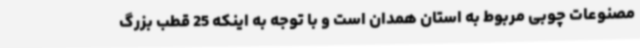
مصنوعات چوبی مربوط به استان همدان‌ است و با توجه به اینکه 25 قطب بزرگ